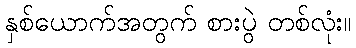
နှစ်ယောက်အတွက် စားပွဲ တစ်လုံး။